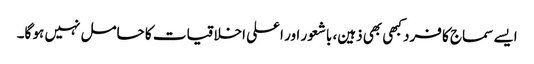
ایسے سماج کا فرد کبھی بھی ذہین، باشعور اور اعلی اخلاقیات کا حامل نہیں ہو گا۔